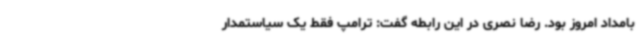
بامداد امروز بود. رضا نصری در این رابطه گفت: ترامپ فقط یک سیاستمدار